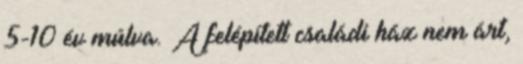
5-10 év múlva. A felépített családi ház nem árt,